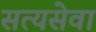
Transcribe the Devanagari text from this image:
सत्यसेवा